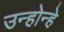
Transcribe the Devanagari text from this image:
उन्होन्हे